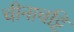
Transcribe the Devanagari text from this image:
चीनाचट्टि